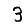
Digit: 3